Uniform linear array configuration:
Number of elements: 16
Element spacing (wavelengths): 1
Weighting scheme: hamming
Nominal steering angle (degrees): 45
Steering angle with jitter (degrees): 45.37
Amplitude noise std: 0.05
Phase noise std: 0.05

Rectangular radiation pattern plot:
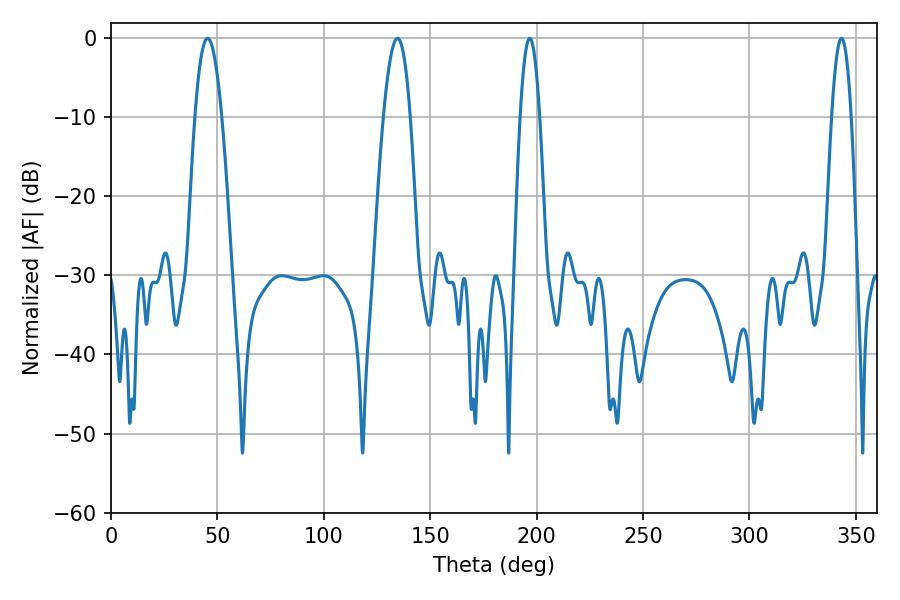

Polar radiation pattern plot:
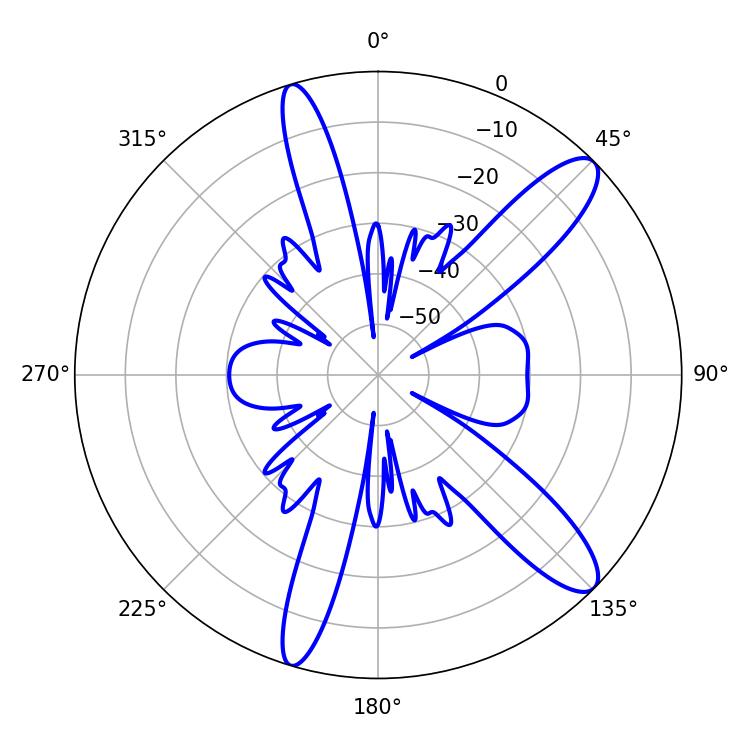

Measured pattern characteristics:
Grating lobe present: TRUE
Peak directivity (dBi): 11.836
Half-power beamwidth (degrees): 5.04
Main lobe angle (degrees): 196.74